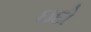
ઇદો